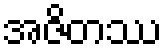
အဇိတဿ